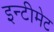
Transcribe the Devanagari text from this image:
इन्टीमेट